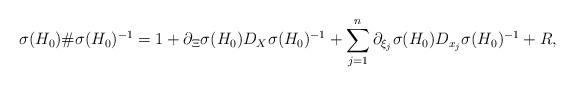
LaTeX: \begin{align*}\sigma(H_0) \# \sigma(H_0)^{-1} = 1 + \partial_\Xi \sigma(H_0) D_X \sigma(H_0)^{-1} + \sum_{j=1}^{n} \partial_{\xi_j} \sigma(H_0) D_{x_j} \sigma(H_0)^{-1} + R,\end{align*}